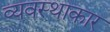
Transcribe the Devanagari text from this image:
व्यवस्थाकार